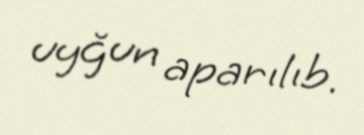
uyğun aparılıb.